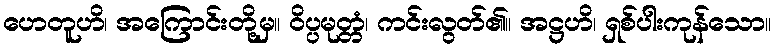
ဟေတူဟိ၊ အကြောင်းတို့မှ။ ဝိပ္ပမုတ္တံ၊ ကင်းလွတ်၏။ အဋ္ဌဟိ၊ ရှစ်ပါးကုန်သော။